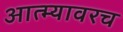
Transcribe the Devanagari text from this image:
आत्म्यावरच